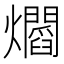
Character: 𤓁